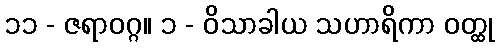
၁၁ - ဇရာဝဂ္ဂ။ ၁ - ဝိသာခါယ သဟာရိကာ ဝတ္ထု